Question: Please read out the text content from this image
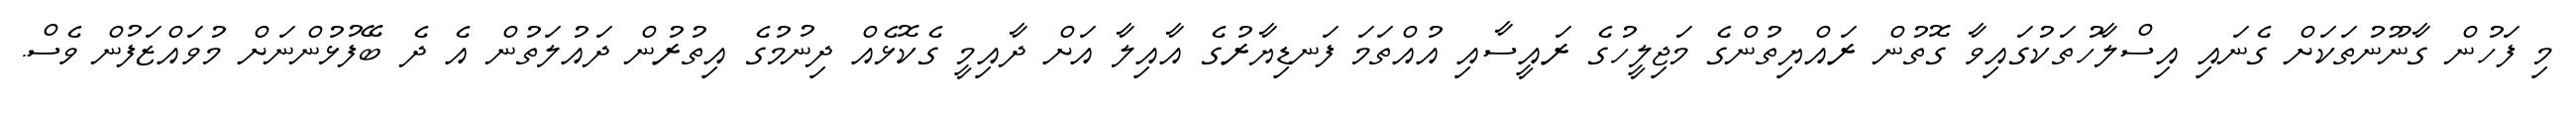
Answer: މި ފަހުން ގާނޫނުތަކަށް ގެނައި އިސްލާހުތަކުގައިވާ ގޮތުން ރައްޔިތުންގެ މަޖިލީހުގެ ރައީސާއި އުއްތަމަ ފަނޑިޔާރުގެ އާއިލާ އަށް ދާއިމީ ގެކޮޅެއް ދިނުމުގެ އިތުރުން ދައުލަތުން އެ ދެ ބޭފުޅުންނަށް މުވައްޒަފުން ވެސް.